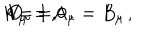
k = 1 \, , \hspace { 1 c m } V _ { \mu } = A _ { \mu } = B _ { \mu } \, , \hspace { 1 c m } D _ { \mu } = 0 \, .